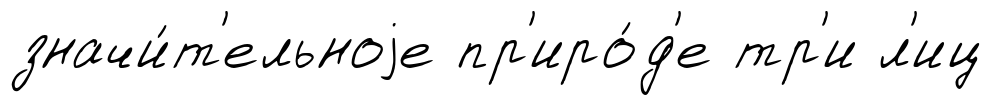
значи́т'ельноjе пр'иро́д'е тр'и л'иц